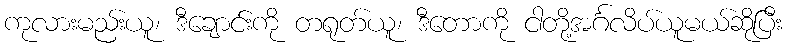
ကုလားမည်းယူ၊ ဒီချောင်းကို တရုတ်ယူ၊ ဒီတောကို ငါတို့အင်္ဂလိပ်ယူမယ်ဆိုပြီး